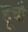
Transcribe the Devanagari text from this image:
हूचौ